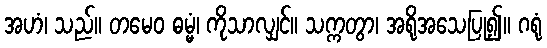
အဟံ၊ သည်။ တမေဝ ဓမ္မံ၊ ကိုသာလျှင်။ သက္ကတွာ၊ အရိုအသေပြု၍။ ဂရုံ